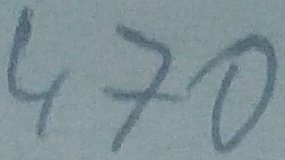
Text: 470